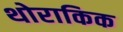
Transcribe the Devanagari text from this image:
थोराकिक